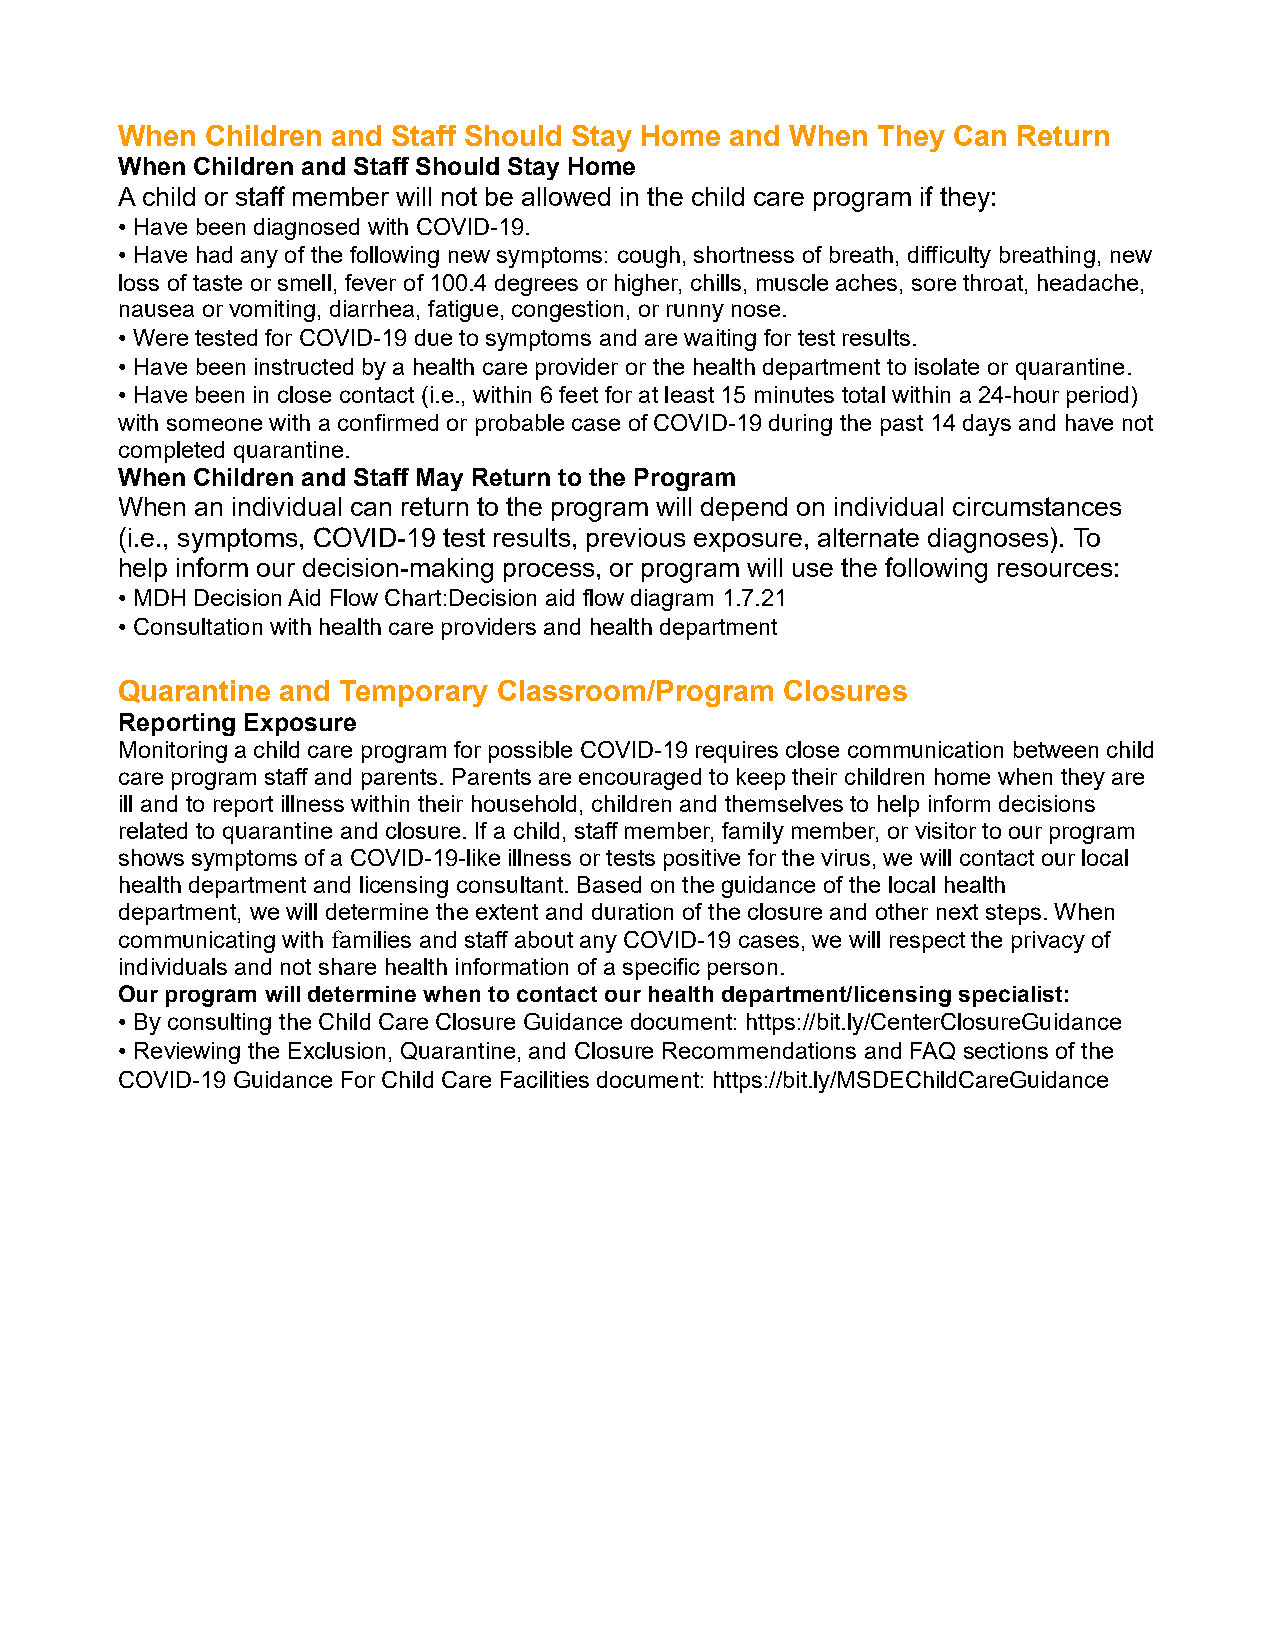
When  Children and Staff Should Stay Home and When They Can Return
 When Children and Staff Should Stay Home
 A child or staff member will not be allowed in the child care program if they:
 • Have been diagnosed with COVID-19.
 • Have had any of the following new symptoms: cough, shortness of breath, difficulty breathing, new
 loss of taste or smell, fever of 100.4 degrees or higher, chills, muscle aches, sore throat, headache,
 nausea or vomiting, diarrhea, fatigue, congestion, or runny nose.
 • Were tested for COVID-19 due to symptoms and are waiting for test results.
 • Have been instructed by a health care provider or the health department to isolate or quarantine.
 • Have been in close contact (i.e., within 6 feet for at least 15 minutes total within a 24-hour period)
 with someone with a confirmed or probable case of COVID-19 during the past 14 days and have not
 completed quarantine.
 When Children and Staff May Return to the Program
 When an individual can return to the program will depend on individual circumstances
 (i.e., symptoms, COVID-19 test results, previous exposure, alternate diagnoses). To
 help inform our decision-making process, or program will use the following resources:
 • MDH Decision Aid Flow Chart:Decision aid flow diagram 1.7.21
 • Consultation with health care providers and health department
 Quarantine and Temporary Classroom/Program  Closures
 Reporting Exposure
 Monitoring a child care program for possible COVID-19 requires close communication between child
 care program staff and parents. Parents are encouraged to keep their children home when they are
 ill and to report illness within their household, children and themselves to help inform decisions
 related to quarantine and closure. If a child, staff member, family member, or visitor to our program
 shows symptoms of a COVID-19-like illness or tests positive for the virus, we will contact our local
 health department and licensing consultant. Based on the guidance of the local health
 department, we will determine the extent and duration of the closure and other next steps. When
 communicating with families and staff about any COVID-19 cases, we will respect the privacy of
 individuals and not share health information of a specific person.
 Our program will determine when to contact our health department/licensing specialist:
 • By consulting the Child Care Closure Guidance document: https://bit.ly/CenterClosureGuidance
 • Reviewing the Exclusion, Quarantine, and Closure Recommendations and FAQ sections of the
 COVID-19 Guidance For Child Care Facilities document: https://bit.ly/MSDEChildCareGuidance